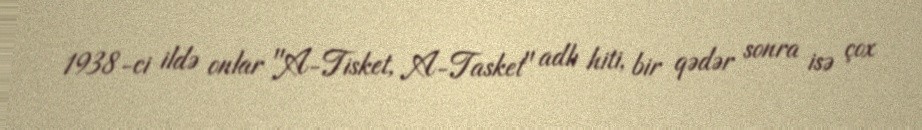
1938-ci ildə onlar "A-Tisket, A-Tasket" adlı hiti, bir qədər sonra isə çox